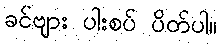
ခင်ဗျား ပါးစပ် ပိတ်ပါ။